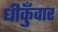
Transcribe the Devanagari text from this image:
धीकुँवार